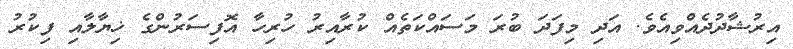
އިރުޝާދުދެއްވިއެވެ. އަދި މިފަދަ ބުރަ މަސައްކަތެއް ކުރާއިރު ހުރިހާ އޮފިސަރުންގެ ޚިޔާލާއި ފިކުރު